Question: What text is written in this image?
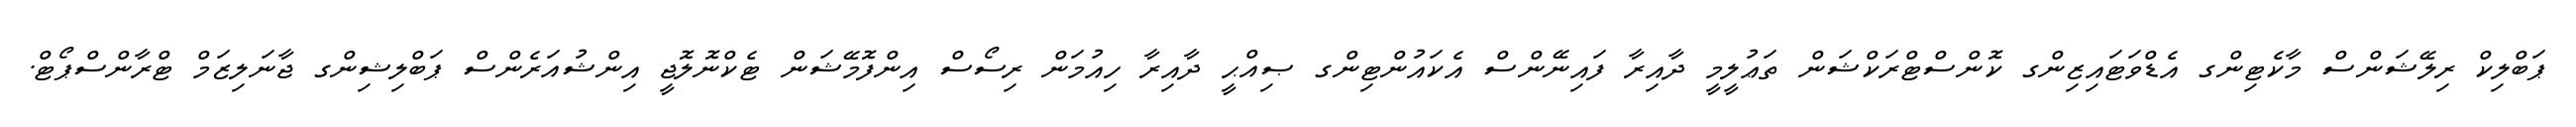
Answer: ޕަބްލިކް ރިލޭޝަންސް މާކެޓިންގ އެޑްވަޓައިޒިންގ ކޮންސްޓްރަކްޝަން ތަޢުލީމީ ދާއިރާ ފައިނޭންސް އެކައުންޓިންގ ޞިއްޙީ ދާއިރާ ހިއުމަން ރިސޯސް އިންފޮމޭޝަން ޓެކްނޮލޮޖީ އިންޝުއަރެންސް ޕަބްލިޝިންގ ޖާނަލިޒަމް ޓްރާންސްޕޯޓް.